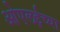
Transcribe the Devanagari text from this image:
ओएलईच्या